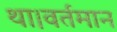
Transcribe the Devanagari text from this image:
था।वर्तमान